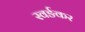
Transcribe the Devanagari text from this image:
स्वर्ङकर